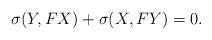
LaTeX: \begin{align*}\sigma(Y,FX)+\sigma(X,FY)=0.\end{align*}